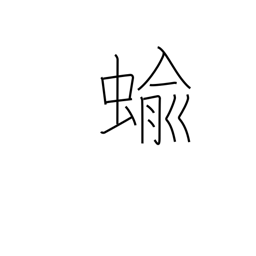
Meaning: slug